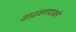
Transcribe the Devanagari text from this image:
वाढवण्याकडे